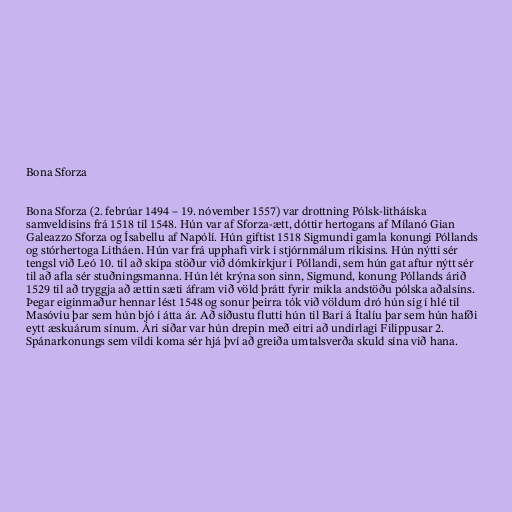
Bona Sforza

Bona Sforza (2. febrúar 1494 – 19. nóvember 1557) var drottning Pólsk-litháíska
samveldisins frá 1518 til 1548. Hún var af Sforza-ætt, dóttir hertogans af Mílanó Gian
Galeazzo Sforza og Ísabellu af Napólí. Hún giftist 1518 Sigmundi gamla konungi Póllands
og stórhertoga Litháen. Hún var frá upphafi virk í stjórnmálum ríkisins. Hún nýtti sér
tengsl við Leó 10. til að skipa stöður við dómkirkjur í Póllandi, sem hún gat aftur nýtt sér
til að afla sér stuðningsmanna. Hún lét krýna son sinn, Sigmund, konung Póllands árið
1529 til að tryggja að ættin sæti áfram við völd þrátt fyrir mikla andstöðu pólska aðalsins.
Þegar eiginmaður hennar lést 1548 og sonur þeirra tók við völdum dró hún sig í hlé til
Masóvíu þar sem hún bjó í átta ár. Að síðustu flutti hún til Barí á Ítalíu þar sem hún hafði
eytt æskuárum sínum. Ári síðar var hún drepin með eitri að undirlagi Filippusar 2.
Spánarkonungs sem vildi koma sér hjá því að greiða umtalsverða skuld sína við hana.